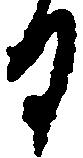
日